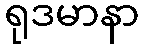
ရုဒမာနာ